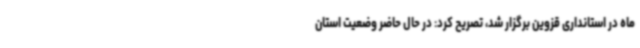
ماه در استانداری قزوین برگزار شد، تصریح کرد: در حال حاضر وضعیت استان